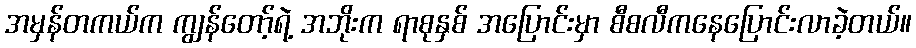
အမှန်တကယ်က ကျွန်တော့်ရဲ့ အဘိုးက ရာစုနှစ် အပြောင်းမှာ စီစလီကနေပြောင်းလာခဲ့တယ်။